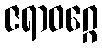
ဇရာဝဂ္ဂေ